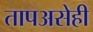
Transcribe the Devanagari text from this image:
तापअसेही